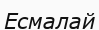
Есмалай